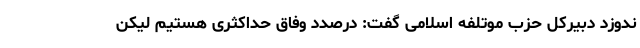
ندوزد دبیرکل حزب موتلفه اسلامی گفت: درصدد وفاق حداکثری هستیم لیکن